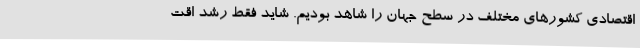
اقتصادی کشورهای مختلف در سطح جهان را شاهد بودیم. شاید فقط رشد اقت